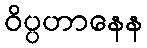
ဝိပ္ပဟာနေန